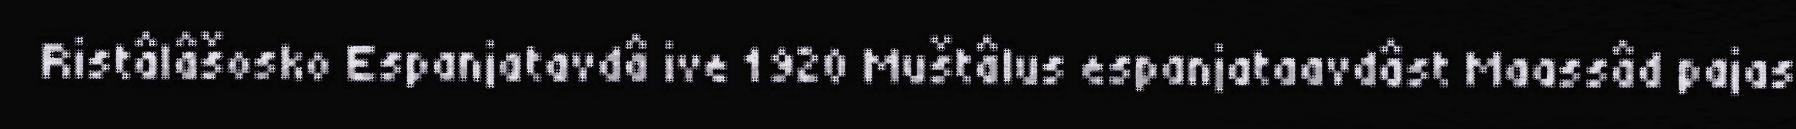
Ristâlâšosko Espanjatavdâ ive 1920 Muštâlus espanjataavdâst Maassâd pajas